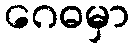
ဂေဓမှာ